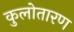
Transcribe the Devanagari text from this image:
कुलोतारण